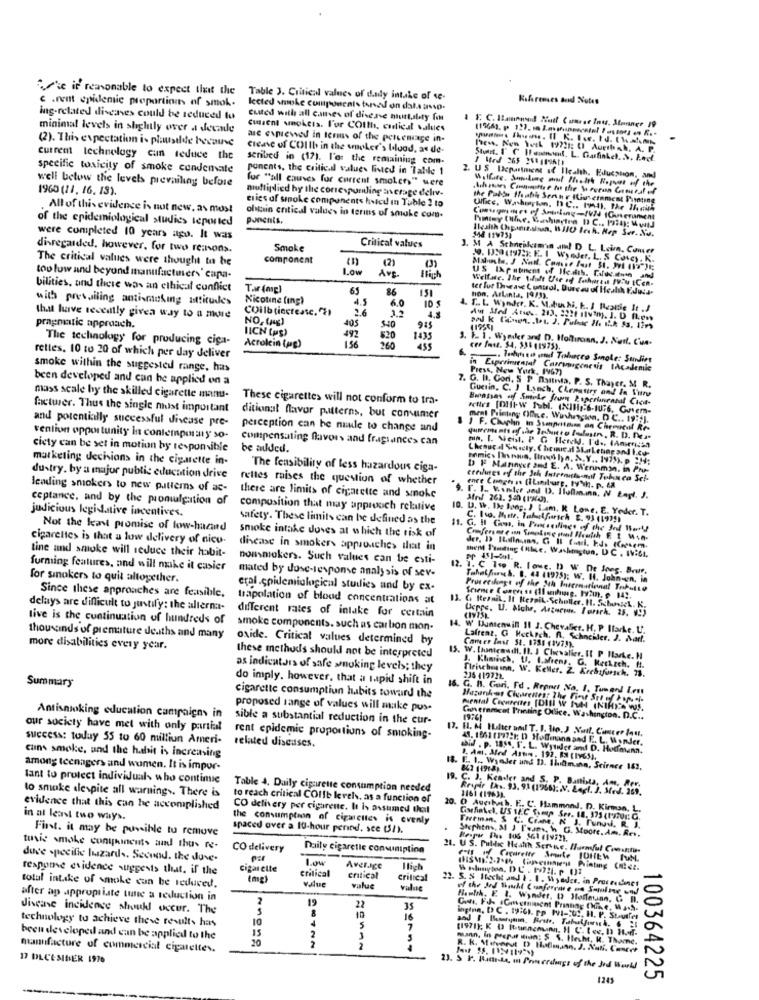
Case it reasonable to expect that the
c .rent epidemic proportion of smok.
Table 3. Critical values of dandy intake of se
Kafarenses aod Notes
lected smoke components toread on dala ansso-
ing-related diseases could be reduced to
cuted with all cames of disease hurtsbety fon
minimal levels in shelly over a decade
Cussent smokeis. l'or COIth, codical values
(2). This expectation i- plausilde because
are expressed in terms of the percentage in-
cleave of COIth in the wooker's blood, se de-
Pen. Nen Week 19721; U Auethsh. A. P.
current technology cun reduce the
seribed in (17). l'or the remaining com-
Stuart. I' C Hlesinoad. L. Garfinkel. . V. Lect.
specific toxicity of smoke condemate
ponents, the critical values listed in Table 1
well below the levels prevailing before
for "all causes for current smoker)" were
2. US IDepartment of Ilcalth, Education, and
Withure. Sudue and thath Ropues of the
1960 (21. 16. 13).
multiplied by the corresponding ancrage delv.
cries of smoke components histcd in Table 2 to
the Palta thathe Serthr Itisemment Pusoting
.All of this evidence is not new, as most
Ulfice, W.r.horton, DC .. 1d). The Matik
of the epidemiological studies teported
ponenis.
obtain entical values in terms of smoke com.
Health Chipanizsisan. WIIU tech. Hep Ser. Nu.
were completed 10 years ago. It was
disregarded, however, for two re:nons.
Smoke
Critical values
J. M A Schneikamin am! D L. Leim, Comer
The critical values were thought to be
component
2. 150(197 E. Wyoder. L. S Colcy. K.
1.ow
Ave
(2)
(3)
too low and beyond manufactuer\' capa-
Ilich
US Ixpatient of Health. Faros.down and
bilities, and there was an ethical conflict
Tar (mg)
65
86
151
ter fur Theease Control, Dureau of Health Eduis-
with pressiling antismaking attitudes
Nicotine (ing)
6.0
10 $
hon, ArLinta, 1973).
COilbtiecreate. 2)
3.2
4. L. L. Whoder, K. M.buchi, k. I Rzanie It .J
that have recently gives way to a more
NO, tag)
405
pragmatic approach.
IICH (us)
5-40
915
The technology for producing ciga-
520
1435
1. 1. 1. Wymier and D. Moltirann. J. Natl. C'ua-
Acrolein (pg)
1.56
rettes, 10 to 20 of which per day deliver
-
. Tachris nin ennui Tobacco Sonole: Sundies
smoke within the suggested range, has
Press, New York, 1967)
in Experimental Carrywgenesis IAcademic
been developed and can be applied on a
7. G. I. Gori. 5 P Dannta, P. S. Thayer, M R.
Guerin, C. ) Lynch, Chemattry and la L'une
mass scale hy the skilled cigarette manu-
These cigarettes will not conform to tra-
Brasses of Smoke from Paperinranil Cica-
facturer. Thus the single most important
and potentially successful disease pre-
ditionat flavor patterns, but consumer
ment Printing Offne. Winhayton, DC .. 19:].
perception can be maule to change and
J F. Chaplin in Ssanpritom on Chemical Re-
vention opportunity in contemporary so-
compensating flavors and fragrances can
cicty can be set in motion by responsible
be added.
Chenur al Stecty, Chemical Sharkening and I.com
mn. I. Well. P. G Flereld, I'd ., (American
marketing dechions in the cigarette in-
The feasibility of less hazardous ciga-
b E Mannyer and E. A. Wennman, in Php-
dustry. by a major public education drive
rettes raises the question of whether
lending smokers to new patterns of ac-
ceptance, and by the promulgation of
there are limits of cigarette and smoke
Afril 262. 550 (1-20).
judicious legidative incentives.
composition that may approoch relative
10. La. W. De long. ) L.m. R Lone, E. Yoder. T.
safety. These limits can be defined as the
C. Iso. Metr, Tafelfartch &. 93 (1975)
Not the least promise of low-haand
smoke intake doves at which the risk of
, G. Il Gon, in Passeilings of the Jof What!
cigarettes is that a low delivery of nicu-
tine and smoke will reduce their habit-
disease in smokers approaches that in
ment P'inding (Nie, Washmytun, D.C . IV:61.
nonsmokers. Such values can be esti-
forming features, and will make it casier
mated by duse-lesponse analysis of sev-
12. 1. C 14 R. love. D W De Jong. Brut.
for smokers to quit altogether.
Tobelfiore &. 8. 44 41975); W. If. John-en, in
Since these approaches are feasible.
etal.epidemiological studies and by ex-
Prus cesnyt of the Juh buscrnational Trikotto
trapolation of blood concentrations at
delays are difficult to justify: the allerna-
13. C. Rternil, It Hezpik. Scholler. H. SchonteL. K
Gepre. U. Alohr, Arzucun. Porek. 23. 995
tive is the continuation of hundreds of
different rates of intake for certain
smoke components. such as carbon mon-
14. W Buntenwill 11 J. Chevalier. H. P Ifarke. U.
thousands of premature deaths and many
oxide. Critical values determined by
Lafrenz, G Heckrch. fl. Schockler. J. Mart.
Cancer Ins 52. 1331 (197!).
more disabilities every year.
these methods should not be interpreted
15. W. [hanimwill, IL. I Chevalier, Il P Harke. H
as indicators of safe smoking levels; they
J. Khimich, U. Lafrenz. G. Merkach. H.
fleischoninn, W. Keller. Z. Krchafursch. 73.
Summary
do imply. however, that a lapid shift in
236 419722.
16. G. B. Gori, Fd . Regnet No. I. Tumand Lent
cigarette consumption habits toward the
Hazankos Ciusrenten: The First Srl of Popseis
proposed range of values will make pus.
Antismoking education campaigns in
sible a substantial reduction in the cur-
1976)
Goveramcet Printing Office. Washington. D.C ..
our society have met with only partial
success: today 55 to 60 milliun Ameri-
rent epidemic proportions of smoking-
related diseases.
48. 1551 (177 ::: D Hoffmann and F .. L. Wonder.
if . p. 1850. I'. L. Wytider and D. Hodinuna.
caIns smoke, and the habit is increasing
3. Ami. Alod Astım . 192, 83 [IVGS).
among teenagers and women. It is impor-
18. E. I ., Wyoler und D. 1hamann, Science 162,
lant to protect individuals who contimic
to smoke despite all warnings. There is
Table 4. Daily cigarette consumption needed
Respir LAs. 93. 91 (1966): . V. Lacl. ]. Med. 269.
C. J. Kender and S. P. Banista, Am. Ro
to reach critical COIlb levels, as a function of
1161 (1763).
evidence that this can he accomplished
CO delivery per cigarette. It is assumed thal
20. O Auerbach. F .. C. Hammond. D. Kirun, L.
in al least two ways.
the consumption of cigarettes is evenly
First. it may be possible to remove
spaced over a 10-hour pennd. see (37).
Tweeman, S C. CEam, N. J. Fund. R. J.
Stephens, 3 J Teams, W G. Moore. Am. Res.
tuvie smoke conyphinents and thus re-
CO delivery
Daily cigaretle consumiplina
21. U.S. Public Health Serve, Harmful Counts
duse specific lizards. Secund. the duve-
response evidence suggests that. if the
Cigarette
Critical
Average
(mg)
value
critical
critical
22. 5. S Hecht and i . 1. Wyoder, in Proceedines
total intake of smoke cun be reduced.
value
of the Sod Whoacht Conference un Samling und
after ap appropriate tune a reduction in
2
19
22
Hamth, E l. Wonder. I Hoffeinn, C D.
disease incidence should occur. The
35
technology to achieve these results has
16
inpinn, D C . 19:6). Pp IVI-CO2, H. P. Stauffer
15
5
7
been developed and can be applied to the
10
2
mann, in prepat Hin: S.S. Hecht, K. Thame.
manufacture of commercial cigarettes.
2
R. K. Minut D) Hatman. J. Nat. Core
17 DECEMBER 1976
23. 5 P. Buttede, mn Primerdaags of the Jed Would
1245
100364225